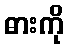
ဓားကို